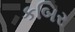
કબિર